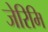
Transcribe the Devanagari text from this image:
जेरिमि